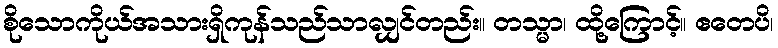
စိုသောကိုယ်အသားရှိကုန်သည်သာလျှင်တည်း။ တသ္မာ၊ ထို့ကြောင့်။ ဧတေပိ၊